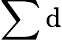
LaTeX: \sum\mathrm{d}